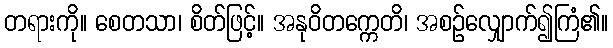
တရားကို။ စေတသာ၊ စိတ်ဖြင့်။ အနုဝိတက္ကေတိ၊ အစဉ်လျှောက်၍ကြံ၏။